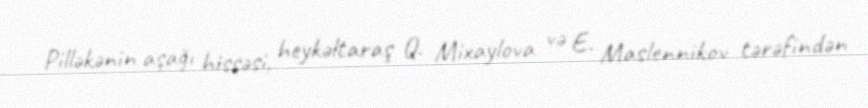
Pilləkənin aşağı hissəsi, heykəltaraş Q. Mixaylova və E. Maslennikov tərəfindən